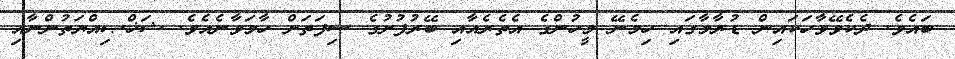
ބައެވެ. ދެކެވޭވާހަކައިން ޑުރާމާގައި ހިމެނޭ މީހުންގެ އެތެރެއާއި ބޭރުފުށުގެ ސިފަތަށް ހާމަވާނެއެވެ. ޝަޚްޞިއްޔަތުންނާއި